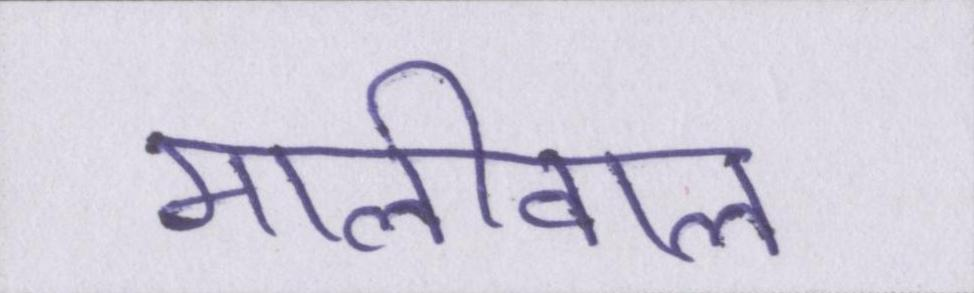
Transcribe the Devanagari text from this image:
मालीवाल